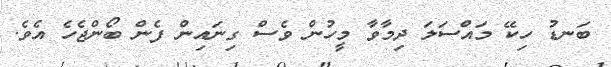
ބަނޑު ހިކޭ މައްސަލަ ދިމާވާ މީހުން ވެސް ގިނައިން ފެން ބޯންޖެހެ އެވެ.